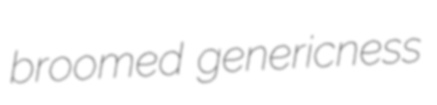
broomed genericness